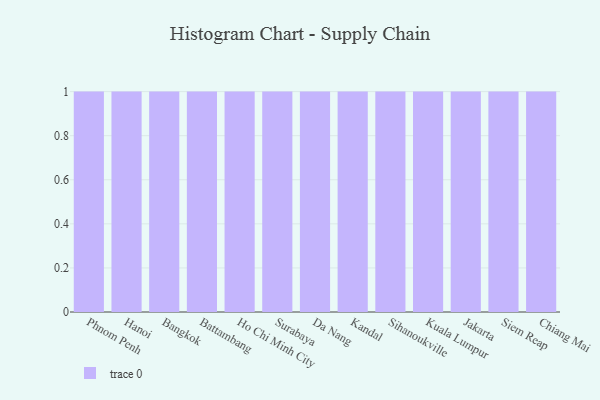
{"axis": {"x": "City", "y": "Page Views"}, "legend": [""], "data": [{"x": "Phnom Penh", "y": 78, "type": ""}, {"x": "Hanoi", "y": 20, "type": ""}, {"x": "Bangkok", "y": 47, "type": ""}, {"x": "Battambang", "y": 39, "type": ""}, {"x": "Ho Chi Minh City", "y": 55, "type": ""}, {"x": "Surabaya", "y": 36, "type": ""}, {"x": "Da Nang", "y": 43, "type": ""}, {"x": "Kandal", "y": 50, "type": ""}, {"x": "Sihanoukville", "y": 17, "type": ""}, {"x": "Kuala Lumpur", "y": 62, "type": ""}, {"x": "Jakarta", "y": 95, "type": ""}, {"x": "Siem Reap", "y": 34, "type": ""}, {"x": "Chiang Mai", "y": 78, "type": ""}]}